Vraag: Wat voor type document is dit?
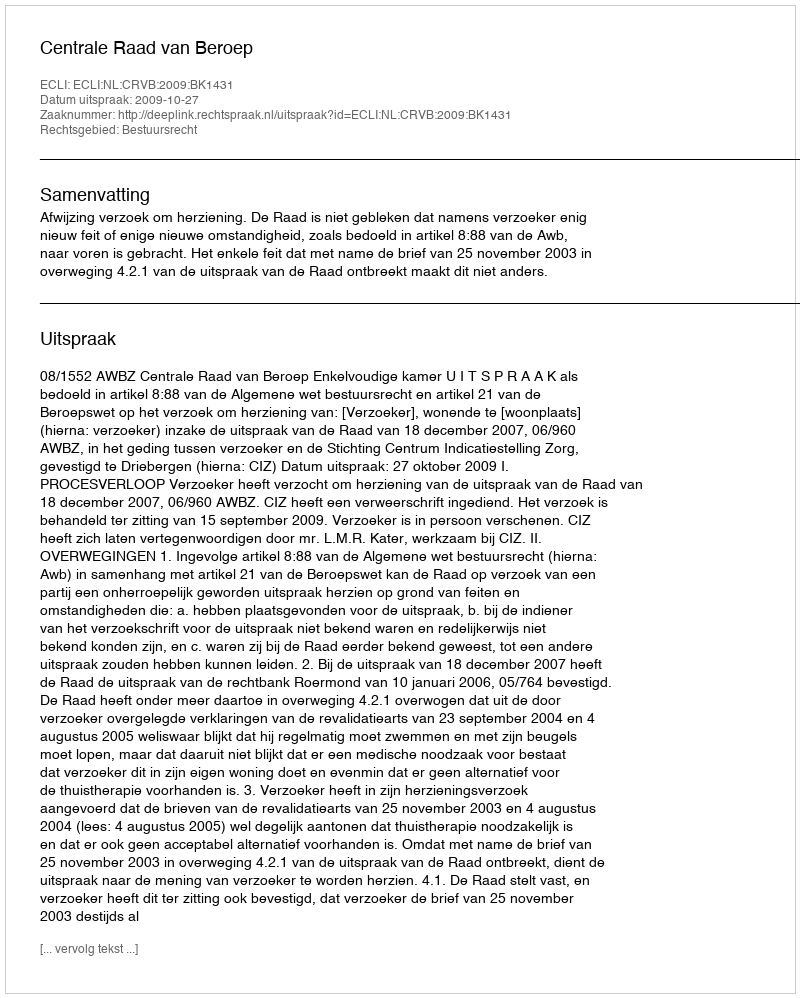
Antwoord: Uitspraak